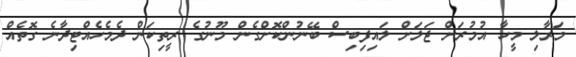
މަރާލި މީހާ އުމުރަށް ޖަލަށް ލައިފިބިސް ބޭނުންކޮށްގެން މޫނުގެ ރީތިކަން ދެމެހެއްޓިދާނެ ގޮތެއް